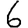
Digit: 6